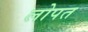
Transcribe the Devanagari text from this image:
लोपत